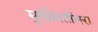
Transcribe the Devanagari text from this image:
मुसीबतोंभरा